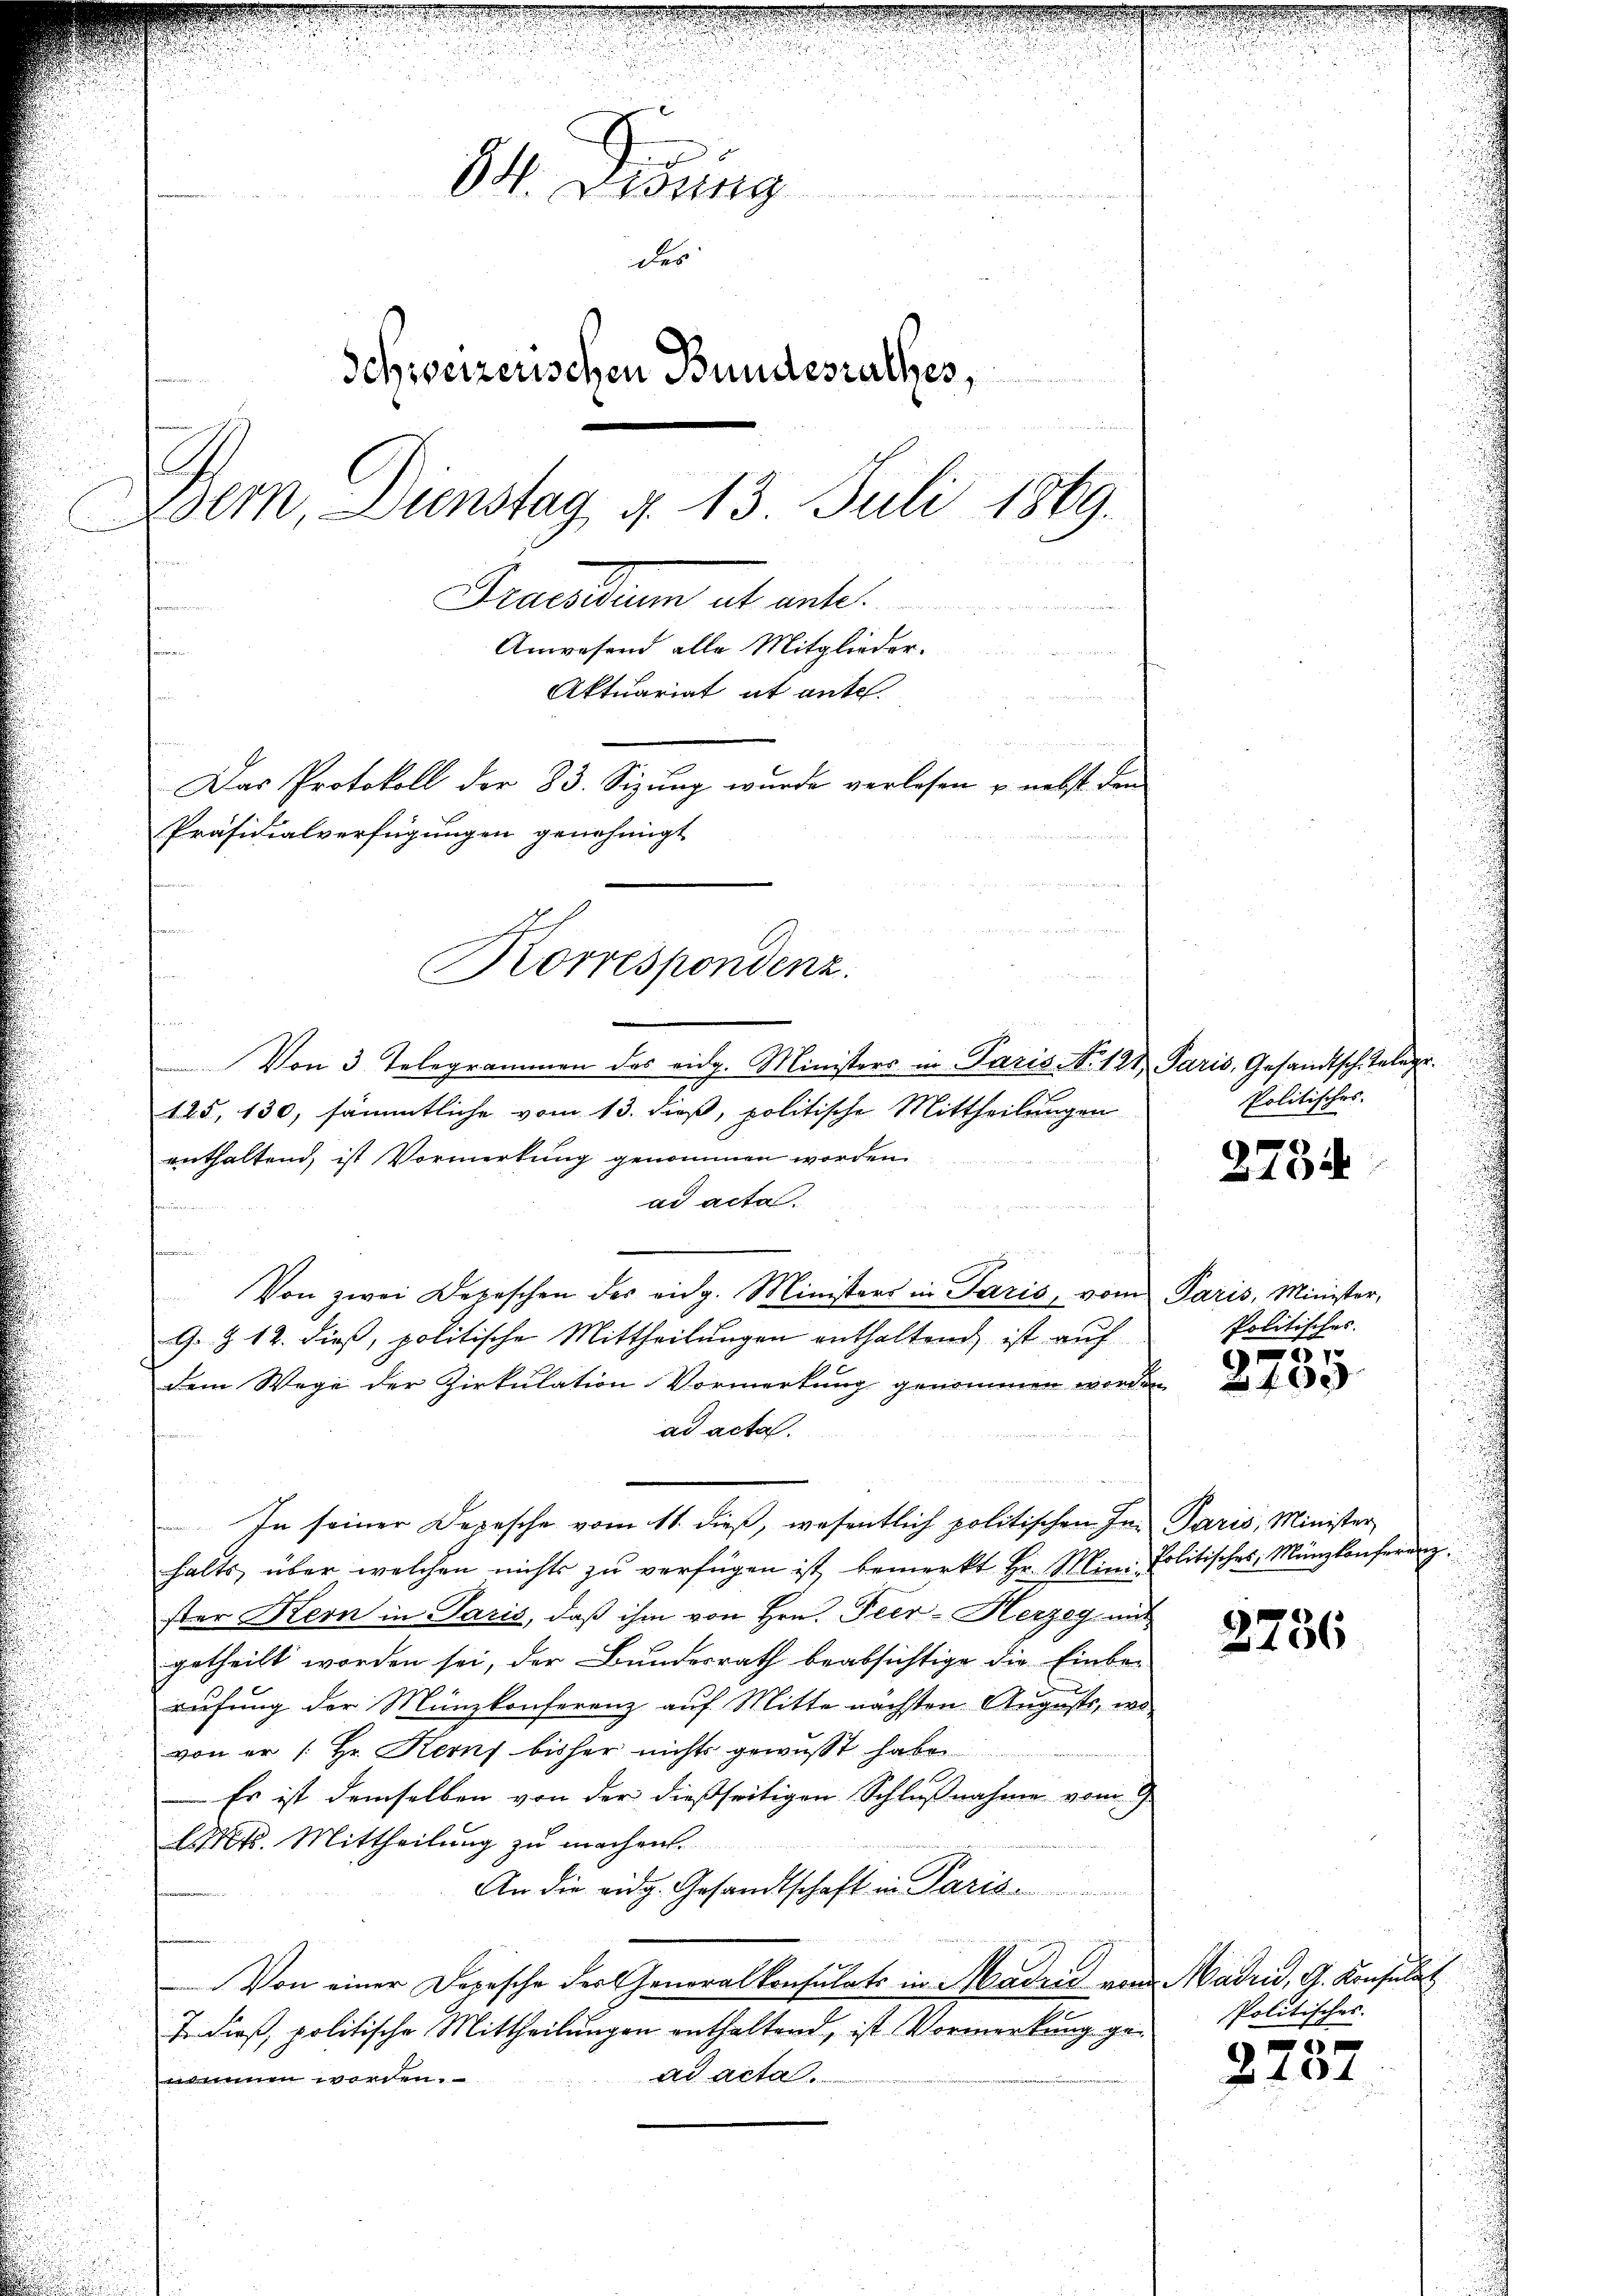
Z

Von 3 Telegrammen des eidg. Ministers in Paris N. 121 Paris, Gesandtsch. Telege.
125, 130, sämmtliche vom 13. dieß, politische Mittheilungen
enthaltend, ist Vormerkung genommen worden
n
ad acta.
Von zwei Depeschen des eidg. Ministers in Paris, vom Paris, Minister,
G. Z. 12. dieß, politische Mittheilungen enthaltend, ist auf
dem Wege der Zirkulation Vormerkung genommen worden
ad acta.

u
In seiner Depesche vom 11. dieß, wesentlich politischen In- Paris, Minister
halts über welchen nichts zŭ verfügen ist, bemerkt Hr. Min. Politisches Münzkonferenz
ster Kern in Paris, daß ihm von Hrn. Peer-Herzeg mit
getheilt worden sei, der Bundesrath beabsichtige die Einberufung der Münzkonferenz auf Mitte nächsten Augusts, wovon er /: Hr. Kern bisher nichts gewusst habe
Es ist demselben von der dießseitigen Schlußnahme vom 9.
Akt. Mittheilung zu machen.
An die eidg. Gesandtschaft in Paris
Von einer Depesche der Generalkonsulats in Madrid von Madrid, A. Konsulat
t dieß, politische Mittheilungen enthaltend, ist Vormerkung gead acta.
nmen worden.

5. Eing
des
Schweizerischen Bundesrathes,
de de seinen eine
Zdern, Dienstag d. 13. Juli 1869.
Brandum et acte
Anwesend alle Mitglieder.
u
Aktuariat it antel.
Das Protokoll der 83. Sizung wurde verlesen u. nebst den
Präsidialverfügungen genehmigt

Korrespondenz.

Politisches.

c
4 x 2

Politisches.

6
x

2736

Politisches.

)
3101